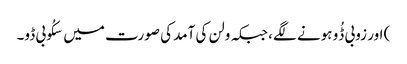
) اور زوبی ڈُو ہونے لگے، جبکہ ولن کی آمد کی صورت میں سکُوبی ڈو۔